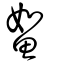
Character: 𩶯